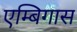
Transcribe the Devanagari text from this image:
एम्बिगास